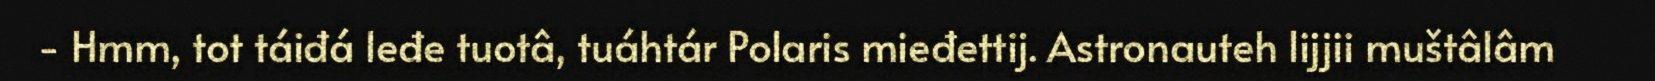
- Hmm, tot táiđá leđe tuotâ, tuáhtár Polaris mieđettij. Astronauteh lijjii muštâlâm